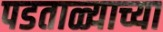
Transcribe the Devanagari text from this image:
पडताळ्याच्या